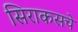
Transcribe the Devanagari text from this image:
सिराकसचे